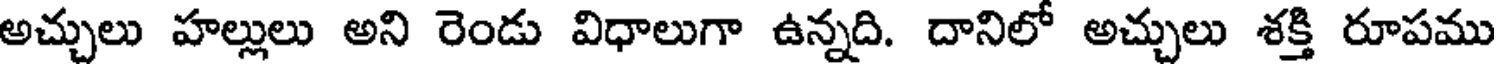
అచ్చులు హల్లులు అని రెండు విధాలుగా ఉన్నది. దానిలో అచ్చులు శక్తి రూపము